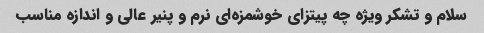
سلام و تشکر ویژه چه پیتزای خوشمزه‌ای نرم و پنیر عالی و اندازه مناسب ‌